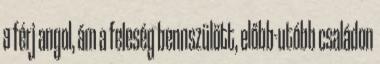
a férj angol, ám a feleség bennszülött, előbb-utóbb családon